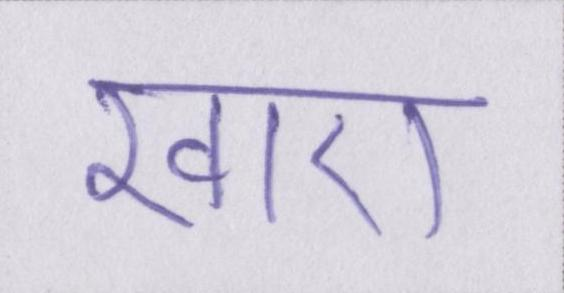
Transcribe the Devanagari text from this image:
खाए